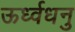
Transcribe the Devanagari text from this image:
ऊर्ध्वधनु